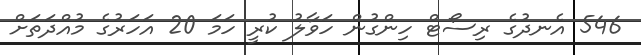
546 އެނދުގެ ރިސޯޓް ހިންގުން ހަވާލު ކުރީ ހަމަ 20 އަހަރުގެ މުއްދަތަށް